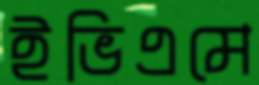
ইভিএমে